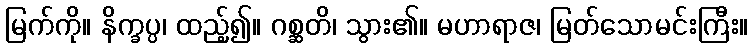
မြက်ကို။ နိက္ခပ္ပ၊ ထည့်၍။ ဂစ္ဆတိ၊ သွား၏။ မဟာရာဇ၊ မြတ်သောမင်းကြီး။